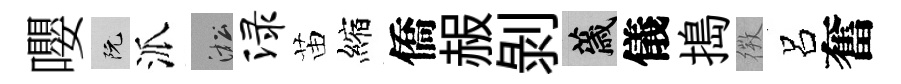
嚶阮派淞渌苗縮僑赧剝薉儀搗𢕄呂奮